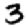
Digit: 3